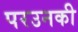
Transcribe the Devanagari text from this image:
परउनकी